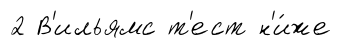
2 В'ильямс т'ест н'и́же